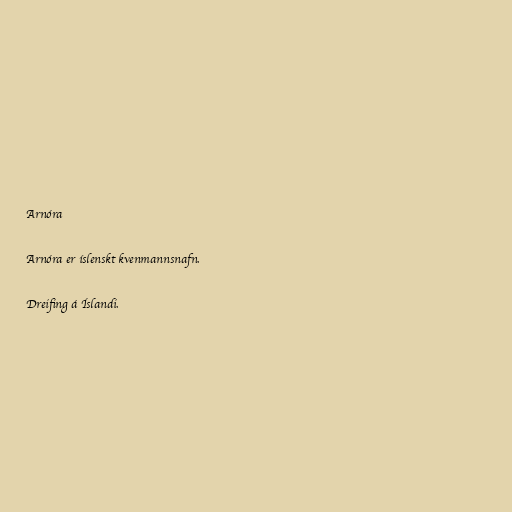
Arnóra

Arnóra er íslenskt kvenmannsnafn.

Dreifing á Íslandi.